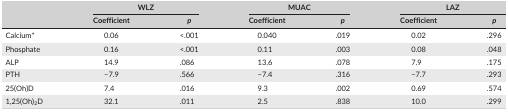
| <ROWSPAN=2>  | <COLSPAN=2> WLZ | <COLSPAN=2> MUAC | <COLSPAN=2> LAZ |
 | Coefficient | p | Coefficient | p | Coefficient | p |
 | --- | --- | --- | --- | --- | --- | --- |
 | Calcium* | 0.06 | <.001 | 0.040 | .019 | 0.02 | .296 |
 | Phosphate | 0.16 | <.001 | 0.11 | .003 | 0.08 | .048 |
 | ALP | 14.9 | .086 | 13.6 | .078 | 7.9 | .175 |
 | PTH | −7.9 | .566 | −7.4 | .316 | −7.7 | .293 |
 | 25(Oh)D | 7.4 | .016 | 9.3 | .002 | 0.69 | .574 |
 | 1,25(Oh)2D | 32.1 | .011 | 2.5 | .838 | 10.0 | .299 |